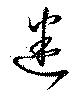
迷